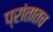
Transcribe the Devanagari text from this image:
प्रांतातच